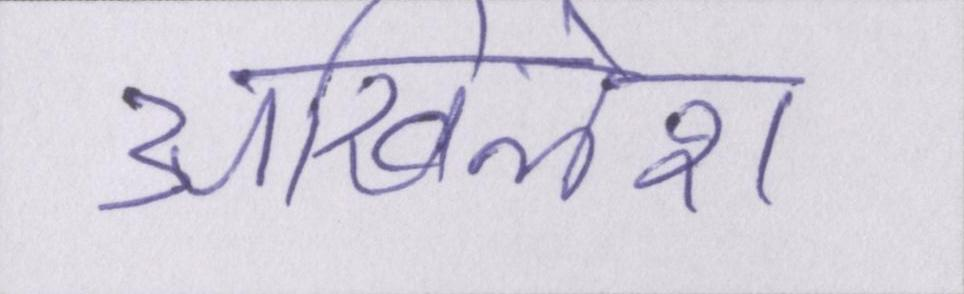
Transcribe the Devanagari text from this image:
अखिलेश